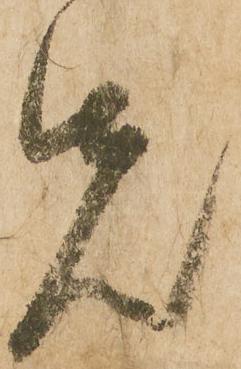
先